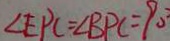
\angle E P C = \angle B P C = 9 0